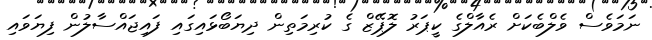
ނަމަވެސް ވެލްބެކަށް ރެއާލްގެ ކީޕަރު ލޮޕޭޒް ގެ ކުރިމަތިން ދިޔަބޯޅައިގައި ފައިޖައްސާލުން ފިޔަވައި